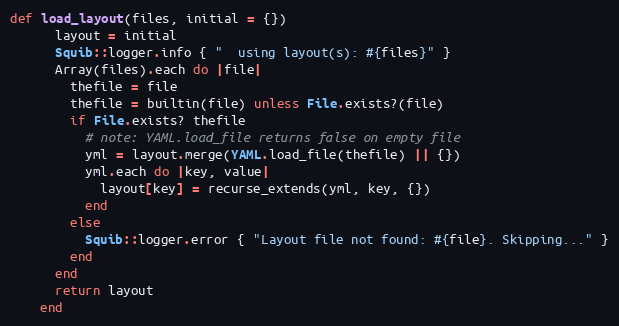
Language: Ruby
def load_layout(files, initial = {})
      layout = initial
      Squib::logger.info { "  using layout(s): #{files}" }
      Array(files).each do |file|
        thefile = file
        thefile = builtin(file) unless File.exists?(file)
        if File.exists? thefile
          # note: YAML.load_file returns false on empty file
          yml = layout.merge(YAML.load_file(thefile) || {})
          yml.each do |key, value|
            layout[key] = recurse_extends(yml, key, {})
          end
        else
          Squib::logger.error { "Layout file not found: #{file}. Skipping..." }
        end
      end
      return layout
    end